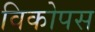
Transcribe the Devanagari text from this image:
विकोपस